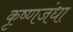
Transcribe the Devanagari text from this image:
कृष्णजंधा